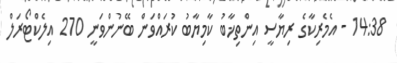
14:38 - އެމެރިކާގެ ރިޔާސީ އިންތިޚާބު ކާމިޔާބު ކުރައްވަން ބޭނުންވަނީ 270 އިލެކްޓޯރަލް